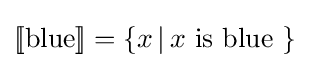
[\![{\text{blue}}]\!]=\{x\,|\,x{\text{ is blue }}\}